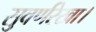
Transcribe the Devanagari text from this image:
सुवर्णरेखा।